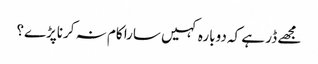
مجھے ڈر ہے کہ دوبارہ کہیں سارا کام نہ کرناپڑے؟